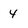
Character: 4